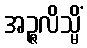
အဉ္ဇလိသ္မိံ